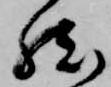
然